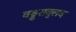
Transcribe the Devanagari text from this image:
वड्डरावुलद